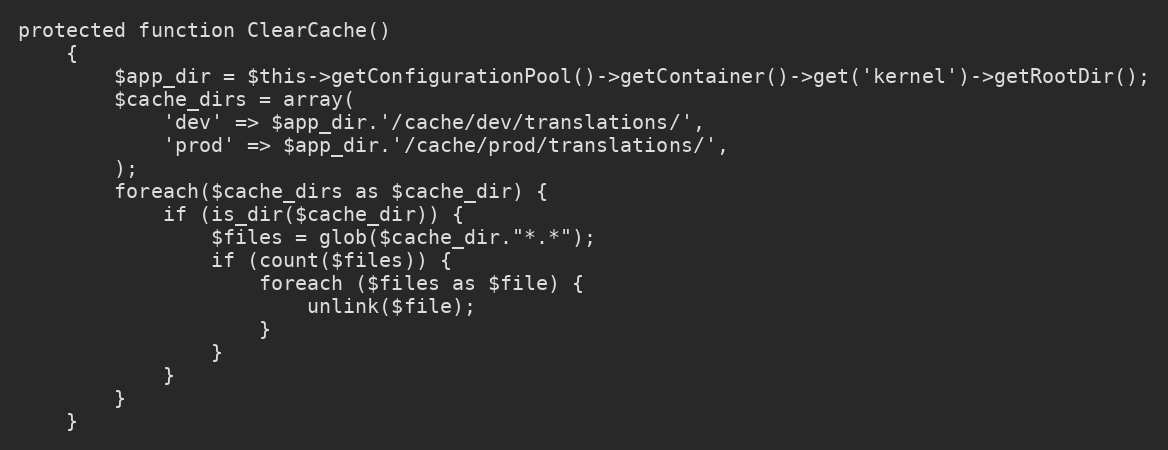
Language: PHP
protected function ClearCache()
    {
        $app_dir = $this->getConfigurationPool()->getContainer()->get('kernel')->getRootDir();
        $cache_dirs = array(
            'dev' => $app_dir.'/cache/dev/translations/',
            'prod' => $app_dir.'/cache/prod/translations/',
        );
        foreach($cache_dirs as $cache_dir) {
            if (is_dir($cache_dir)) {
                $files = glob($cache_dir."*.*");
                if (count($files)) {
                    foreach ($files as $file) {
                        unlink($file);
                    }
                }
            }
        }
    }